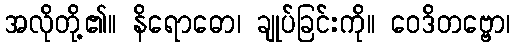
အလိုတို့၏။ နိရောဓော၊ ချုပ်ခြင်းကို။ ဝေဒိတဗ္ဗော၊